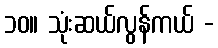
၁၀။ သုံးဆယ်လွန်ကယ် -